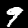
Digit: 9